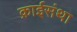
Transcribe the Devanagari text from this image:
क्राईसंथा